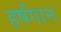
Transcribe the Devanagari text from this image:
हर्षगान